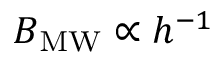
B _ { \mathrm { M W } } \propto h ^ { - 1 }